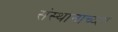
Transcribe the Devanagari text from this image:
संस्थानाच्य्हा